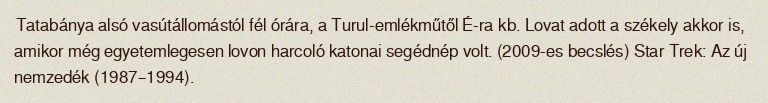
Tatabánya alsó vasútállomástól fél órára, a Turul-emlékműtől É-ra kb. Lovat adott a székely akkor is, amikor még egyetemlegesen lovon harcoló katonai segédnép volt. (2009-es becslés) Star Trek: Az új nemzedék (1987–1994).